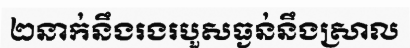
២នាក់នឹងរងរបួសធ្ងន់នឹងស្រាល